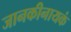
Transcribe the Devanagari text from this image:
जानकीनायकं